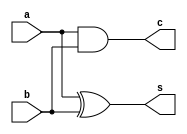
`timescale 1ns / 1ps
//////////////////////////////////////////////////////////////////////////////////
// Company: 
// Engineer: 
// 
// Design Name: 
// Module Name: half_adder
// Project Name: 
// Target Devices: 
// Tool Versions: 
// Description: 
// 
// Dependencies: 
// 
// Revision:
// Revision 0.01 - File Created
// Additional Comments:
// 
//////////////////////////////////////////////////////////////////////////////////

//By Vedant A Sontake(B20EE095)
//Lab-1-Work 1: Create half adder. write its test bench and simulate

module half_adder(a,b,s,c);
input a,b;
output s,c;
assign s=a^b;       //sum gives the output as xor of the 2 inputs in half adder
assign c=a&b;       //carry gives the output as & of the 2 inputs in half adder
endmodule